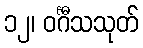
၁၂၊ ဝင်္ဂီသသုတ်